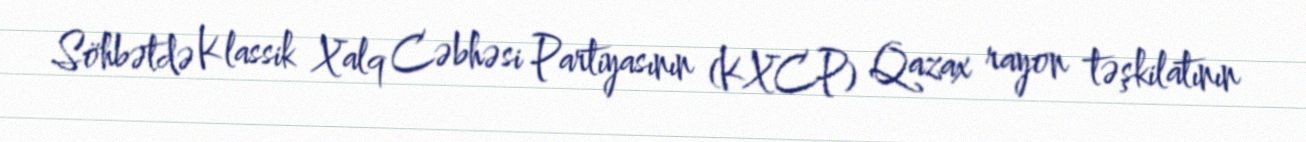
Söhbətdə Klassik Xalq Cəbhəsi Partiyasının (KXCP) Qazax rayon təşkilatının